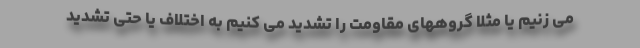
می زنیم یا مثلا گروههای مقاومت را تشدید می کنیم به اختلاف یا حتی تشدید